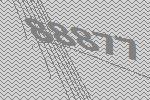
88877